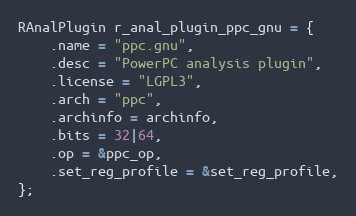
Language: C
RAnalPlugin r_anal_plugin_ppc_gnu = {
	.name = "ppc.gnu",
	.desc = "PowerPC analysis plugin",
	.license = "LGPL3",
	.arch = "ppc",
	.archinfo = archinfo,
	.bits = 32|64,
	.op = &ppc_op,
	.set_reg_profile = &set_reg_profile,
};